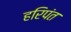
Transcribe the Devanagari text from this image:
हरिपंत